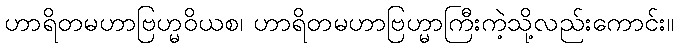
ဟာရိတမဟာဗြဟ္မဝိယစ၊ ဟာရိတမဟာဗြဟ္မာကြီးကဲ့သို့လည်းကောင်း။